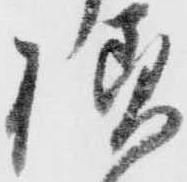
様